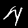
Digit: 4